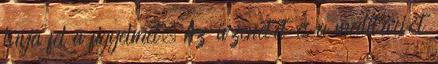
hívja fel a figyelmet. Az üzenetét és a meditációt